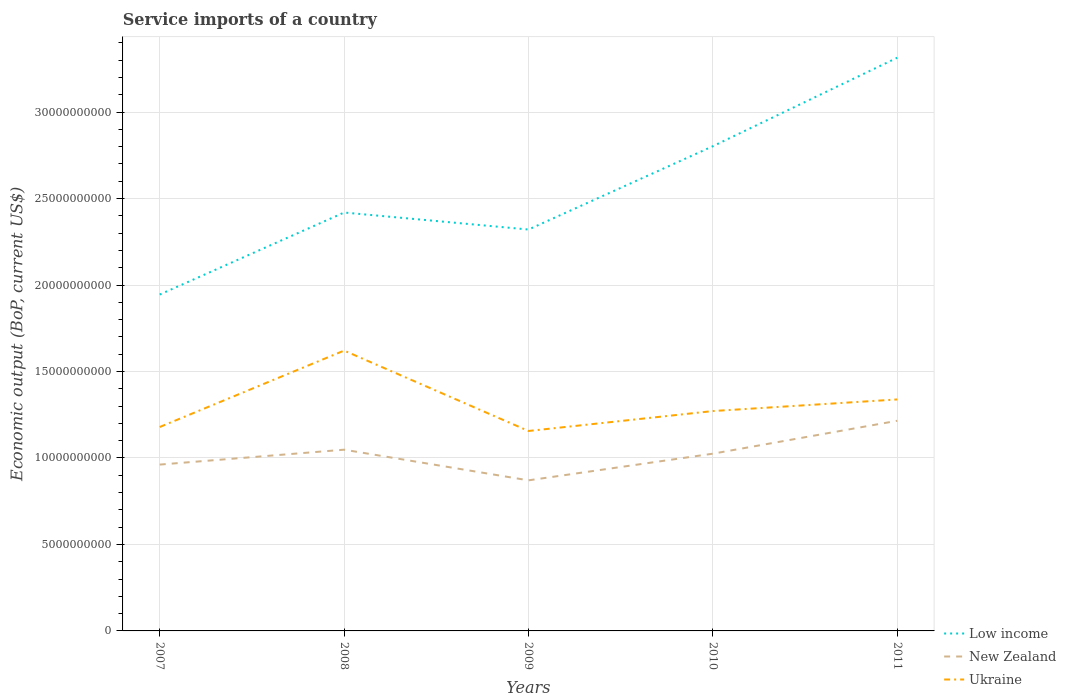
| Years | Low income | New Zealand | Ukraine |
 | --- | --- | --- | --- |
 | 2007 | 1.94e+10 | 9.62e+09 | 1.18e+10 |
 | 2008 | 2.42e+10 | 1.05e+10 | 1.62e+10 |
 | 2009 | 2.32e+10 | 8.71e+09 | 1.16e+10 |
 | 2010 | 2.8e+10 | 1.02e+10 | 1.27e+10 |
 | 2011 | 3.31e+10 | 1.22e+10 | 1.34e+10 |